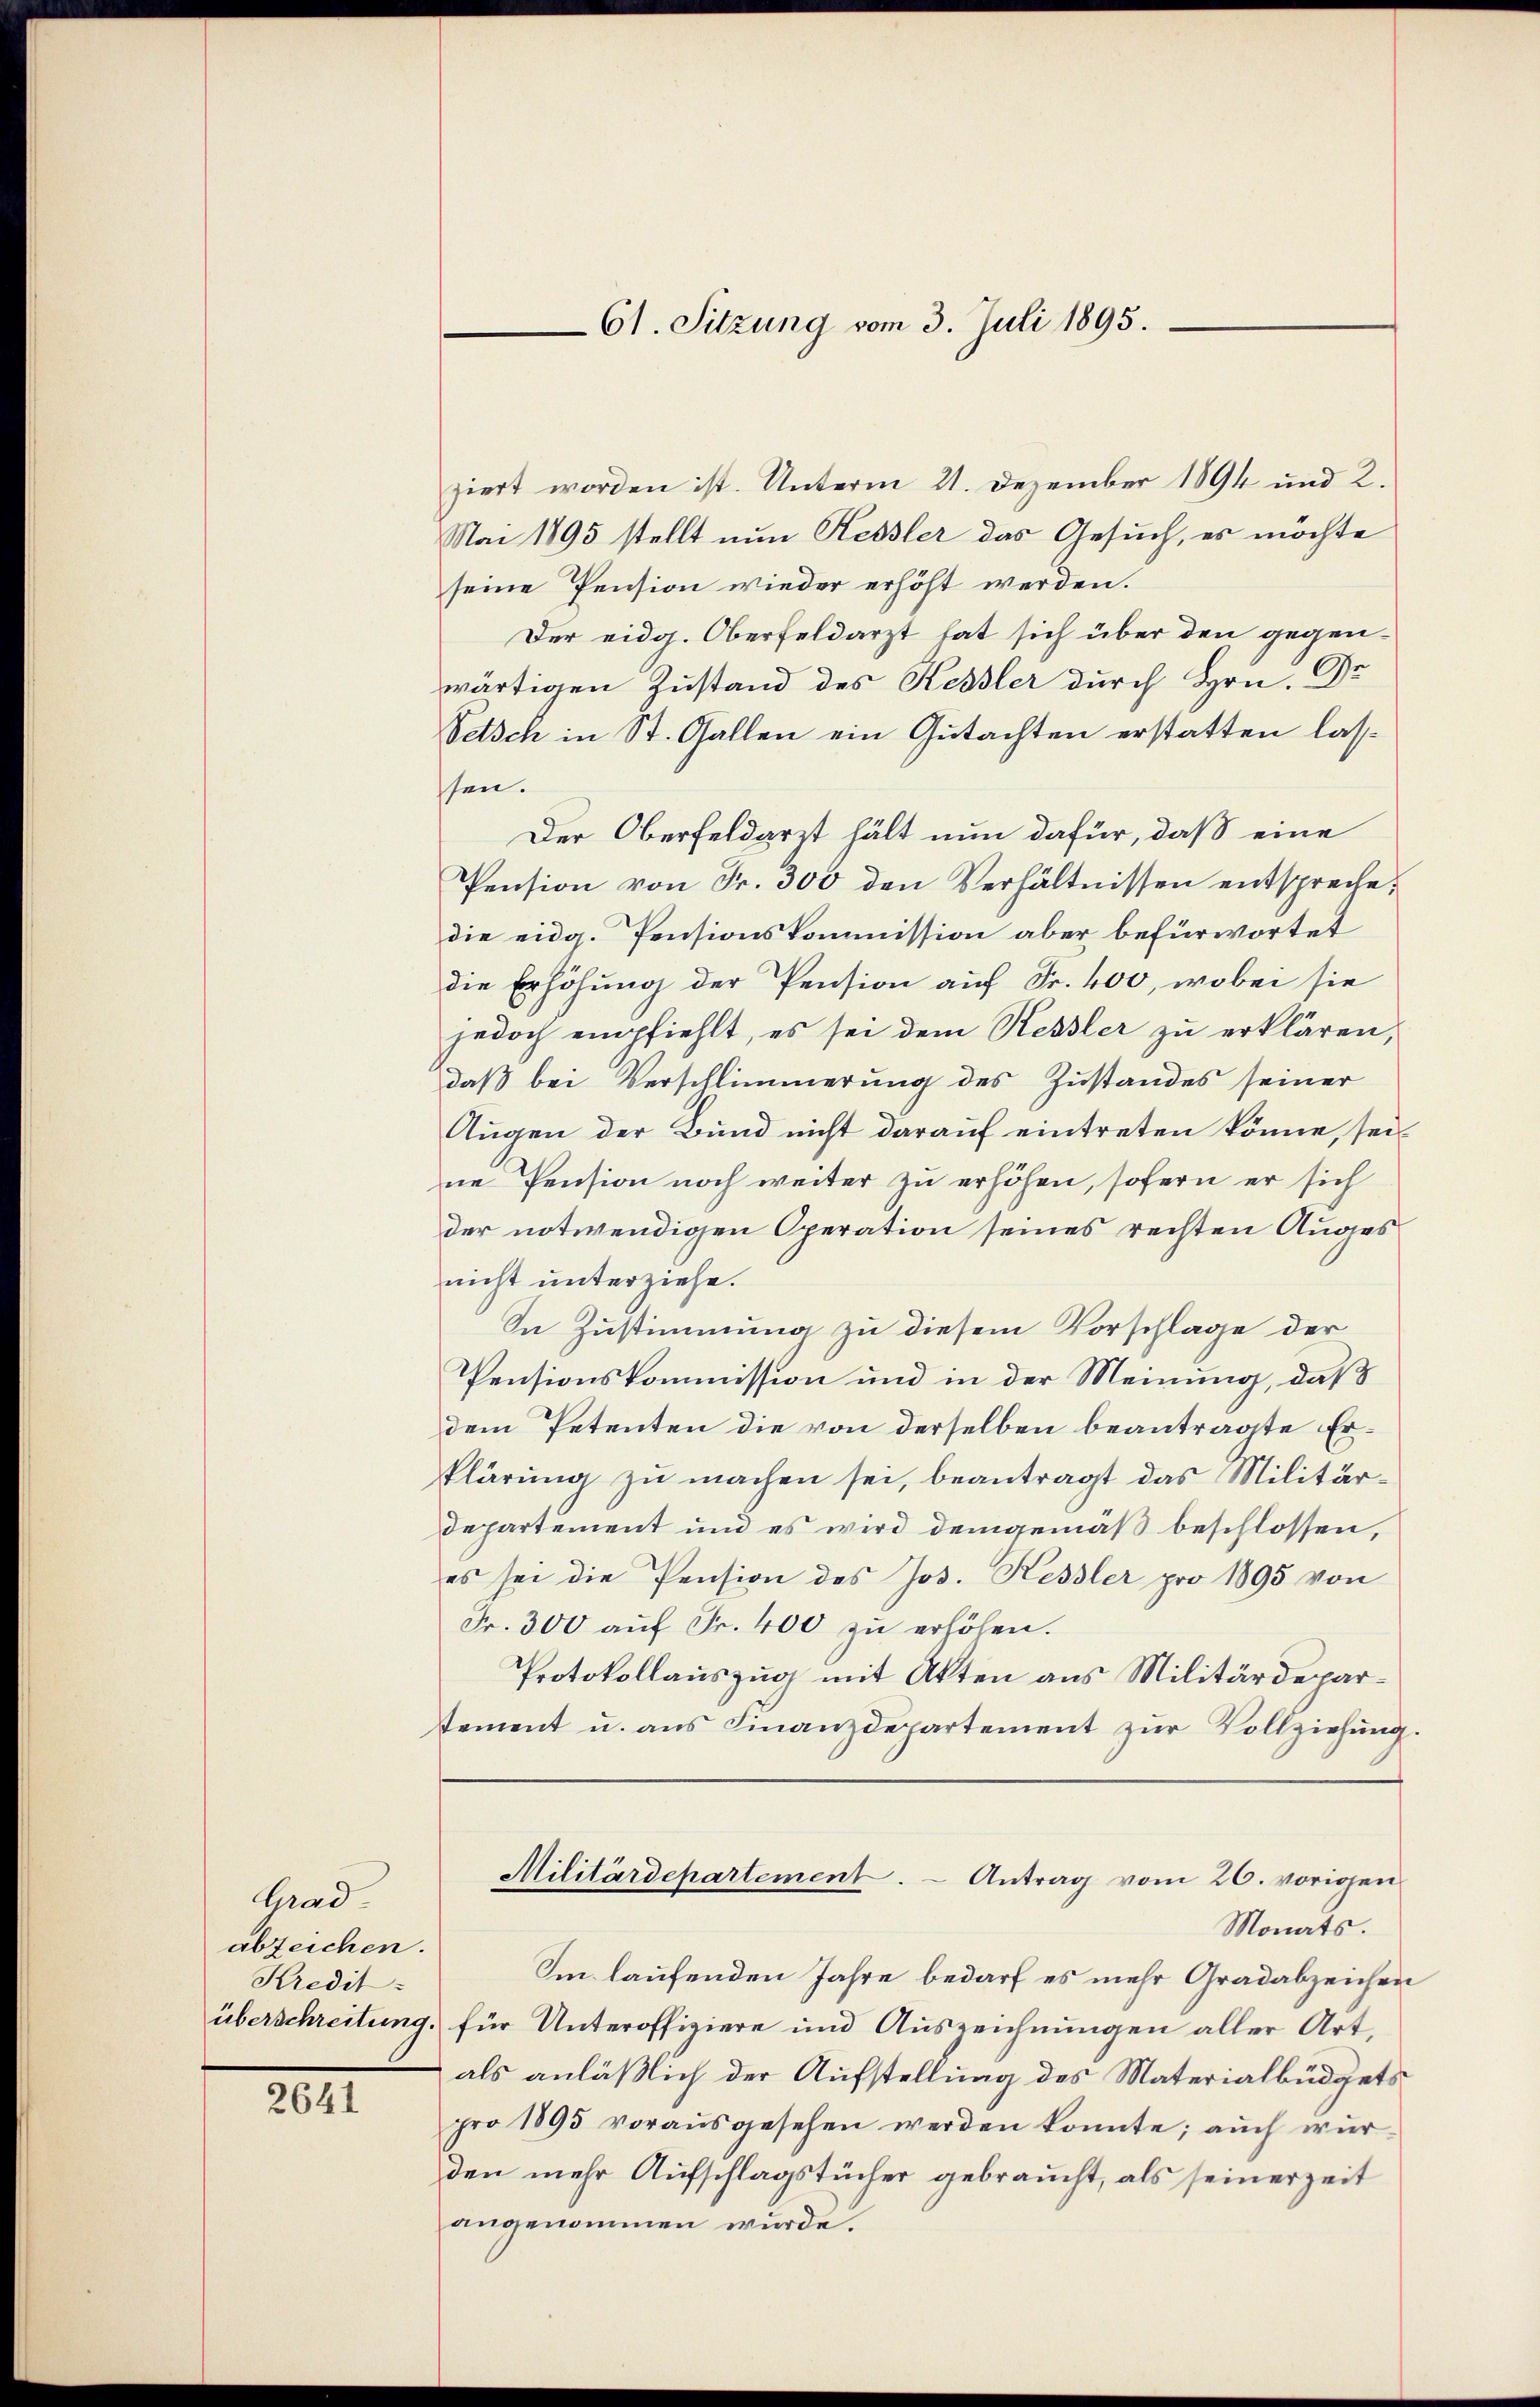
Grad
abzeichen.
Kredit

2041

61. Sitzung vom 3. Juli 1895.

ziert worden ist. Unterm 21. Dezember 1894 und 2.
Mai 1895 stellt nun Kessler das Gesuch, es möchte
seine Pension wieder erhöht werden.
Der eidg. Oberfeldarzt hat sich über den gegenwärtigen Zustand des Kessler durch Hrn. Dr
Petsch in St. Gallen ein Gutachten erstatten lasssen.
Der Oberfeldarzt hält nun dafür, daß eine
Pension von Fr. 300 den Verhältnissen entsprechedie eidg. Pensionskommission aber befürwortet
die Erhöhung der Pension auf Fr. 400, wobei sie
jedoch empfiehlt, es sei dem Ressler zu erklären,
daß bei Verschlimmerung des Zustandes seiner
Augen der Bund nicht darauf eintreten könne, seine Pension noch weiter zu erhöhen, sofern er sich
der notwendigen Operation seines rechten Auges
nicht unterziehe.
In Zustimmung zu diesem Vorschlage der
Pensionskommission und in der Meinung, daß
dem Petenten die von derselben beantragte Erklärung zu machen sei, beantragt das Militärdepartement und es wird demgemäß beschlossen,
es sei die Pension des Jos. Kessler pro 1895 von
Fr. 300 aŭf Fr. 400 zu erhöhen.
Protokollauszug mit Akten aus Militärdeparstement u. ans Finanzdepartement zŭr Vollziehung.
Militärdepartement. - Antrag vom 26. vorigen
Monats.
Im laufenden Jahre bedarf es mehr Gradabzeichen
überschreitung, für Unteroffiziere und Auszeichnungen aller Art,
als anläßlich der Aufstellung des Materialbüdgets
pro 1895 voraŭsgesehen werden konnte; auch wür-
den mehr Aufschlagstücher gebraucht, als seinerzeit
angenommen wurde.